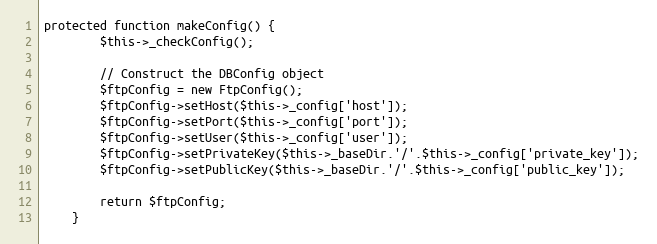
Language: PHP
protected function makeConfig() {
        $this->_checkConfig();

        // Construct the DBConfig object
        $ftpConfig = new FtpConfig();
        $ftpConfig->setHost($this->_config['host']);
        $ftpConfig->setPort($this->_config['port']);
        $ftpConfig->setUser($this->_config['user']);
        $ftpConfig->setPrivateKey($this->_baseDir.'/'.$this->_config['private_key']);
        $ftpConfig->setPublicKey($this->_baseDir.'/'.$this->_config['public_key']);

        return $ftpConfig;
    }